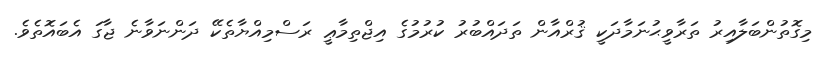
މިގޮތުންބަލާއިރު ތަރާވީޙުނަމާދަކީ ޤުރްއާން ތަދައްބުރު ކުރުމުގެ އިޖްތިމާޢީ ރަސްމިއްޔާތެކޭ ދަންނަވާނެ ޖާގަ އެބައޮތެވެ.